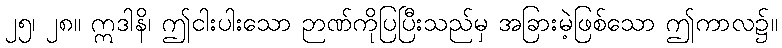
၂၅၊ ၂၈။ ဣဒါနိ၊ ဤငါးပါးသော ဉာဏ်ကိုပြပြီးသည်မှ အခြားမဲ့ဖြစ်သော ဤကာလ၌။